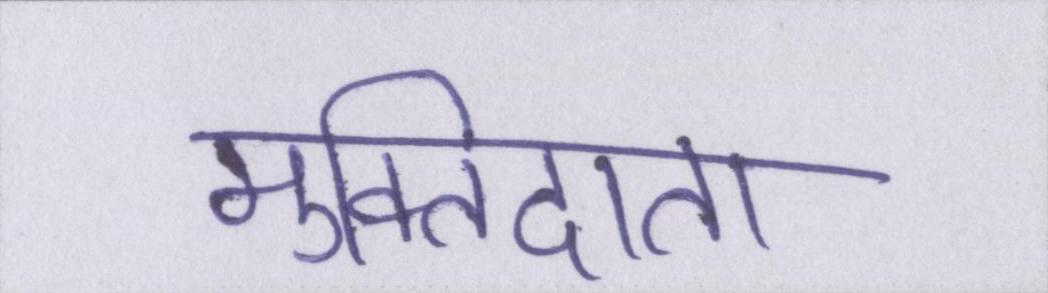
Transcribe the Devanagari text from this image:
मुक्तिदाता